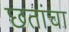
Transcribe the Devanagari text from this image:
छतांचा